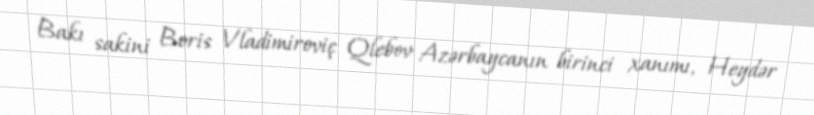
Bakı sakini Boris Vladimiroviç Qlebov Azərbaycanın birinci xanımı, Heydər